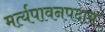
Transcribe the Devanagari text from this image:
मर्त्यपावनपदाय